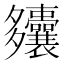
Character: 𫯚